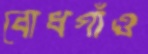
বোধগাঁও